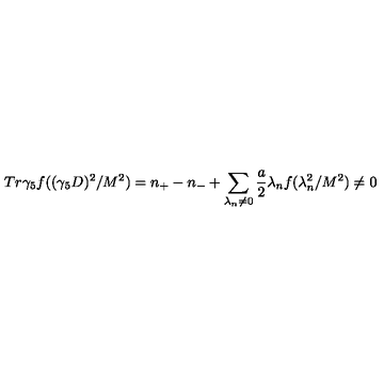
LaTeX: T r \gamma _ { 5 } f ( ( \gamma _ { 5 } D ) ^ { 2 } / M ^ { 2 } ) = n _ { + } - n _ { - } + \sum _ { \lambda _ { n } \neq 0 } \frac { a } { 2 } \lambda _ { n } f ( \lambda _ { n } ^ { 2 } / M ^ { 2 } ) \neq 0